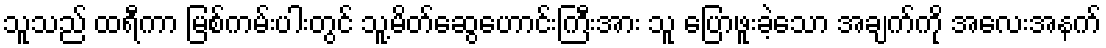
သူသည် ထရီကာ မြစ်ကမ်းပါးတွင် သူ့မိတ်ဆွေဟောင်းကြီးအား သူ ပြောဖူးခဲ့သော အချက်ကို အလေးအနက်